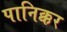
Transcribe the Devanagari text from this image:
पानिक्कर